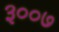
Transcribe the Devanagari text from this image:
३००७